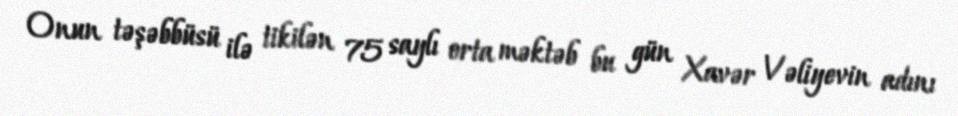
Onun təşəbbüsü ilə tikilən 75 saylı orta məktəb bu gün Xavər Vəliyevin adını